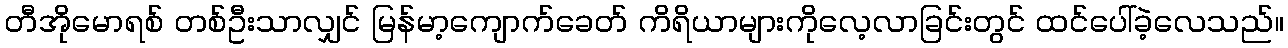
တီအိုမောရစ် တစ်ဦးသာလျှင် မြန်မာ့ကျောက်ခေတ် ကိရိယာများကိုလေ့လာခြင်းတွင် ထင်ပေါ်ခဲ့လေသည်။